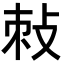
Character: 𭣯